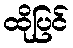
ထိုပြင်